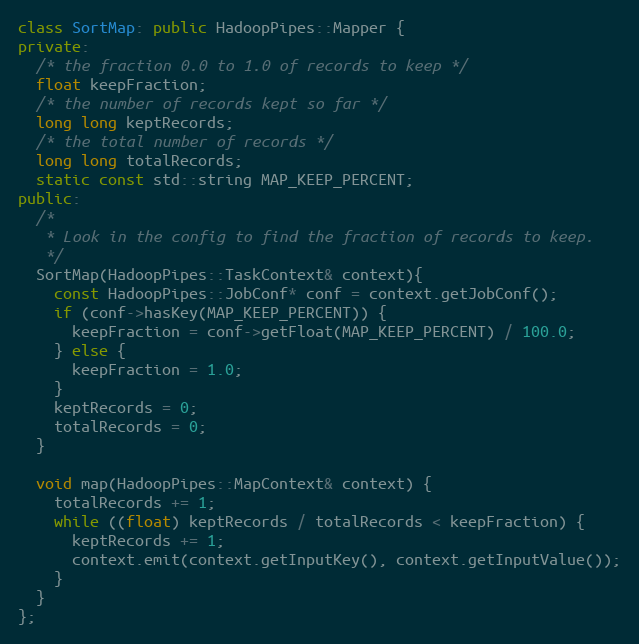
Language: C++
class SortMap: public HadoopPipes::Mapper {
private:
  /* the fraction 0.0 to 1.0 of records to keep */
  float keepFraction;
  /* the number of records kept so far */
  long long keptRecords;
  /* the total number of records */
  long long totalRecords;
  static const std::string MAP_KEEP_PERCENT;
public:
  /*
   * Look in the config to find the fraction of records to keep.
   */
  SortMap(HadoopPipes::TaskContext& context){
    const HadoopPipes::JobConf* conf = context.getJobConf();
    if (conf->hasKey(MAP_KEEP_PERCENT)) {
      keepFraction = conf->getFloat(MAP_KEEP_PERCENT) / 100.0;
    } else {
      keepFraction = 1.0;
    }
    keptRecords = 0;
    totalRecords = 0;
  }

  void map(HadoopPipes::MapContext& context) {
    totalRecords += 1;
    while ((float) keptRecords / totalRecords < keepFraction) {
      keptRecords += 1;
      context.emit(context.getInputKey(), context.getInputValue());
    }
  }
};